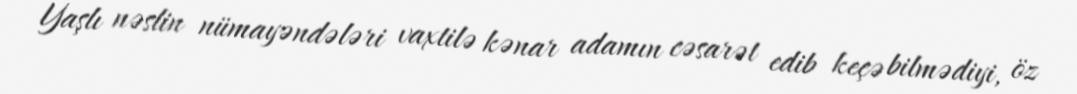
Yaşlı nəslin nümayəndələri vaxtilə kənar adamın cəsarət edib keçə bilmədiyi, öz